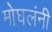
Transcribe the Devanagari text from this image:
मोघलंनी